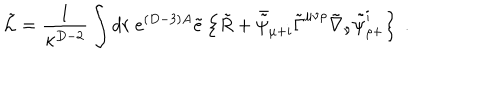
LaTeX: \tilde { \cal L } = { \frac { 1 } { \kappa ^ { D - 2 } } } \int d r \ e ^ { ( D - 3 ) A } \tilde { e } \left\{ \tilde { R } + \bar { \tilde { \psi } } _ { \mu + i } \tilde { \Gamma } ^ { \mu \nu \rho } \tilde { \nabla } _ { \nu } \tilde { \psi } _ { \rho + } ^ { i } \right\} \ .